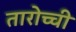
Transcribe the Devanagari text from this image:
तारोच्ची